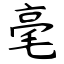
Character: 毫